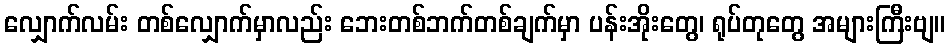
လျှောက်လမ်း တစ်လျှောက်မှာလည်း ဘေးတစ်ဘက်တစ်ချက်မှာ ပန်းအိုးတွေ၊ ရုပ်တုတွေ အများကြီးဗျ။